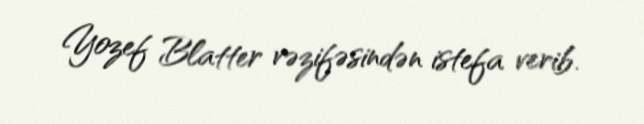
Yozef Blatter vəzifəsindən istefa verib.